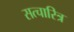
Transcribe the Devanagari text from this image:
सत्चारित्र